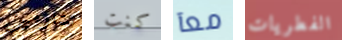
تشارمين كنت معآ الفطريات